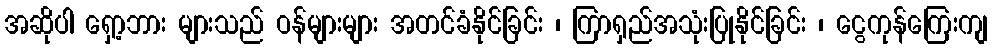
အဆိုပါ ရှော့ဘား များသည် ဝန်များများ အတင်ခံနိုင်ခြင်း ၊ ကြာရှည်အသုံးပြုနိုင်ခြင်း ၊ ငွေကုန်ကြေးကျ